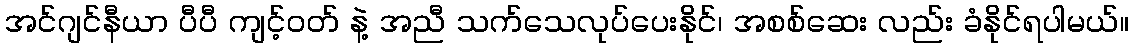
အင်ဂျင်နီယာ ပီပီ ကျင့်ဝတ် နဲ့ အညီ သက်သေလုပ်ပေးနိုင်၊ အစစ်ဆေး လည်း ခံနိုင်ရပါမယ်။